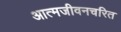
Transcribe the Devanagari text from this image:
आत्मजीवनचरित